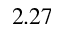
2 . 2 7